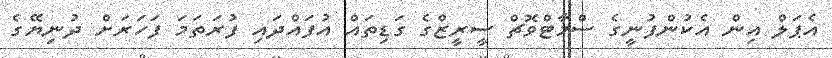
އެޕަލް އިން އެކުންފުނީގެ ސްމާޓްވޮޗް ސީރީޒްގެ ގަޑިތައް އުފައްދައި ފުރަތަމަ ފަހަރަށް ދުނިޔޭގެ